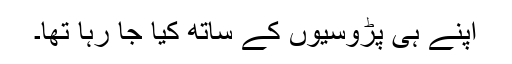
اپنے ہی پڑوسیوں کے ساتھ کیا جا رہا تھا۔